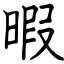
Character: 暇